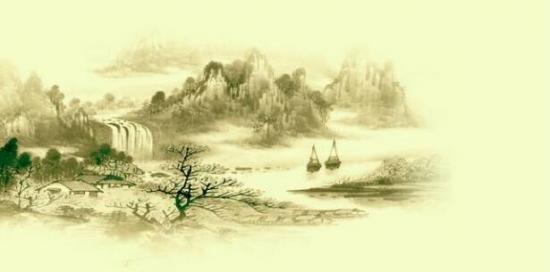
绿遍山原白满川，子规声里雨如烟。